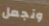
ونجعل